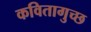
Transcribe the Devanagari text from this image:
कवितागुच्छ